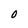
Character: O